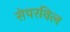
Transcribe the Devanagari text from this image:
सेयरविल